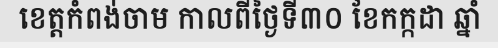
ខេត្តកំពង់ចាម កាលពីថ្ងៃទី៣០ ខែកក្កដា ឆ្នាំ